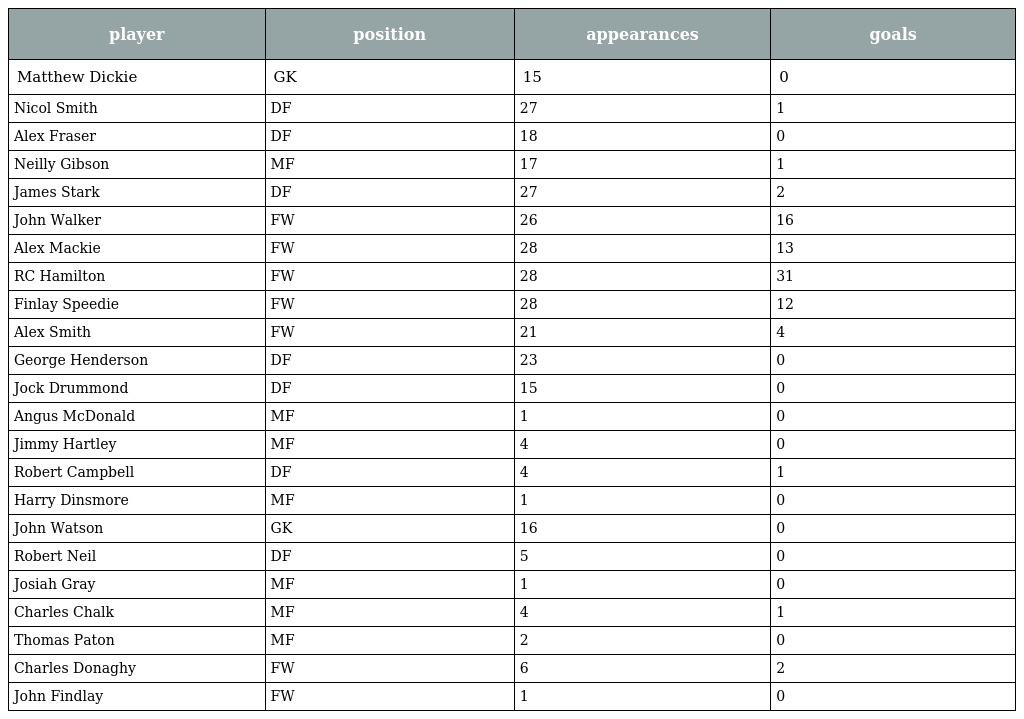
| player | position | appearances | goals |
 | --- | --- | --- | --- |
 | Matthew Dickie | GK | 15 | 0 |
 | Nicol Smith | DF | 27 | 1 |
 | Alex Fraser | DF | 18 | 0 |
 | Neilly Gibson | MF | 17 | 1 |
 | James Stark | DF | 27 | 2 |
 | John Walker | FW | 26 | 16 |
 | Alex Mackie | FW | 28 | 13 |
 | RC Hamilton | FW | 28 | 31 |
 | Finlay Speedie | FW | 28 | 12 |
 | Alex Smith | FW | 21 | 4 |
 | George Henderson | DF | 23 | 0 |
 | Jock Drummond | DF | 15 | 0 |
 | Angus McDonald | MF | 1 | 0 |
 | Jimmy Hartley | MF | 4 | 0 |
 | Robert Campbell | DF | 4 | 1 |
 | Harry Dinsmore | MF | 1 | 0 |
 | John Watson | GK | 16 | 0 |
 | Robert Neil | DF | 5 | 0 |
 | Josiah Gray | MF | 1 | 0 |
 | Charles Chalk | MF | 4 | 1 |
 | Thomas Paton | MF | 2 | 0 |
 | Charles Donaghy | FW | 6 | 2 |
 | John Findlay | FW | 1 | 0 |